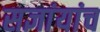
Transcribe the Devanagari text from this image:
सज्ञांयांच